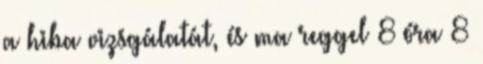
a hiba vizsgálatát, és ma reggel 8 óra 8